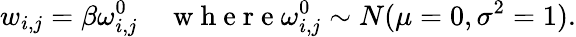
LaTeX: w_{i,j}=\beta\omega_{i,j}^{0}\quad\mathrm{~w~h~e~r~e~}\omega_{i,j}^{0}\sim N(\mu=0,\sigma^{2}=1).